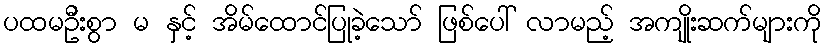
ပထမဦးစွာ မ နှင့် အိမ်ထောင်ပြုခဲ့သော် ဖြစ်ပေါ် လာမည့် အကျိုးဆက်များကို